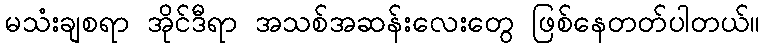
မသံးချစရာ အိုင်ဒီရာ အသစ်အဆန်းလေးတွေ ဖြစ်နေတတ်ပါတယ်။